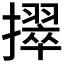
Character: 𫾒